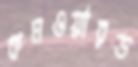
কমওয়ারড